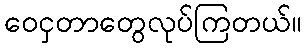
ဝေငှတာတွေလုပ်ကြတယ်။